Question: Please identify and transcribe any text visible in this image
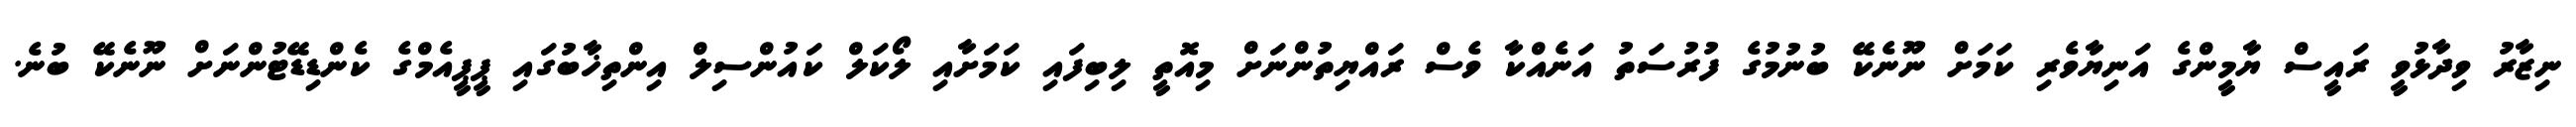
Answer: ނިޒާރު ވިދާޅުވީ ރައީސް ޔާމީންގެ އަނިޔާވެރި ކަމަށް ނޫނެކޭ ބުނުމުގެ ފުރުސަތު އަނެއްކާ ވެސް ރައްޔިތުންނަށް މިއޮތީ ލިބިފައި ކަމަށާއި ލޯކަލް ކައުންސިލް އިންތިޚާބުގައި ޕީޕީއެމްގެ ކެންޑިޑޭޓުންނަށް ނޫނެކޭ ބުނެ.